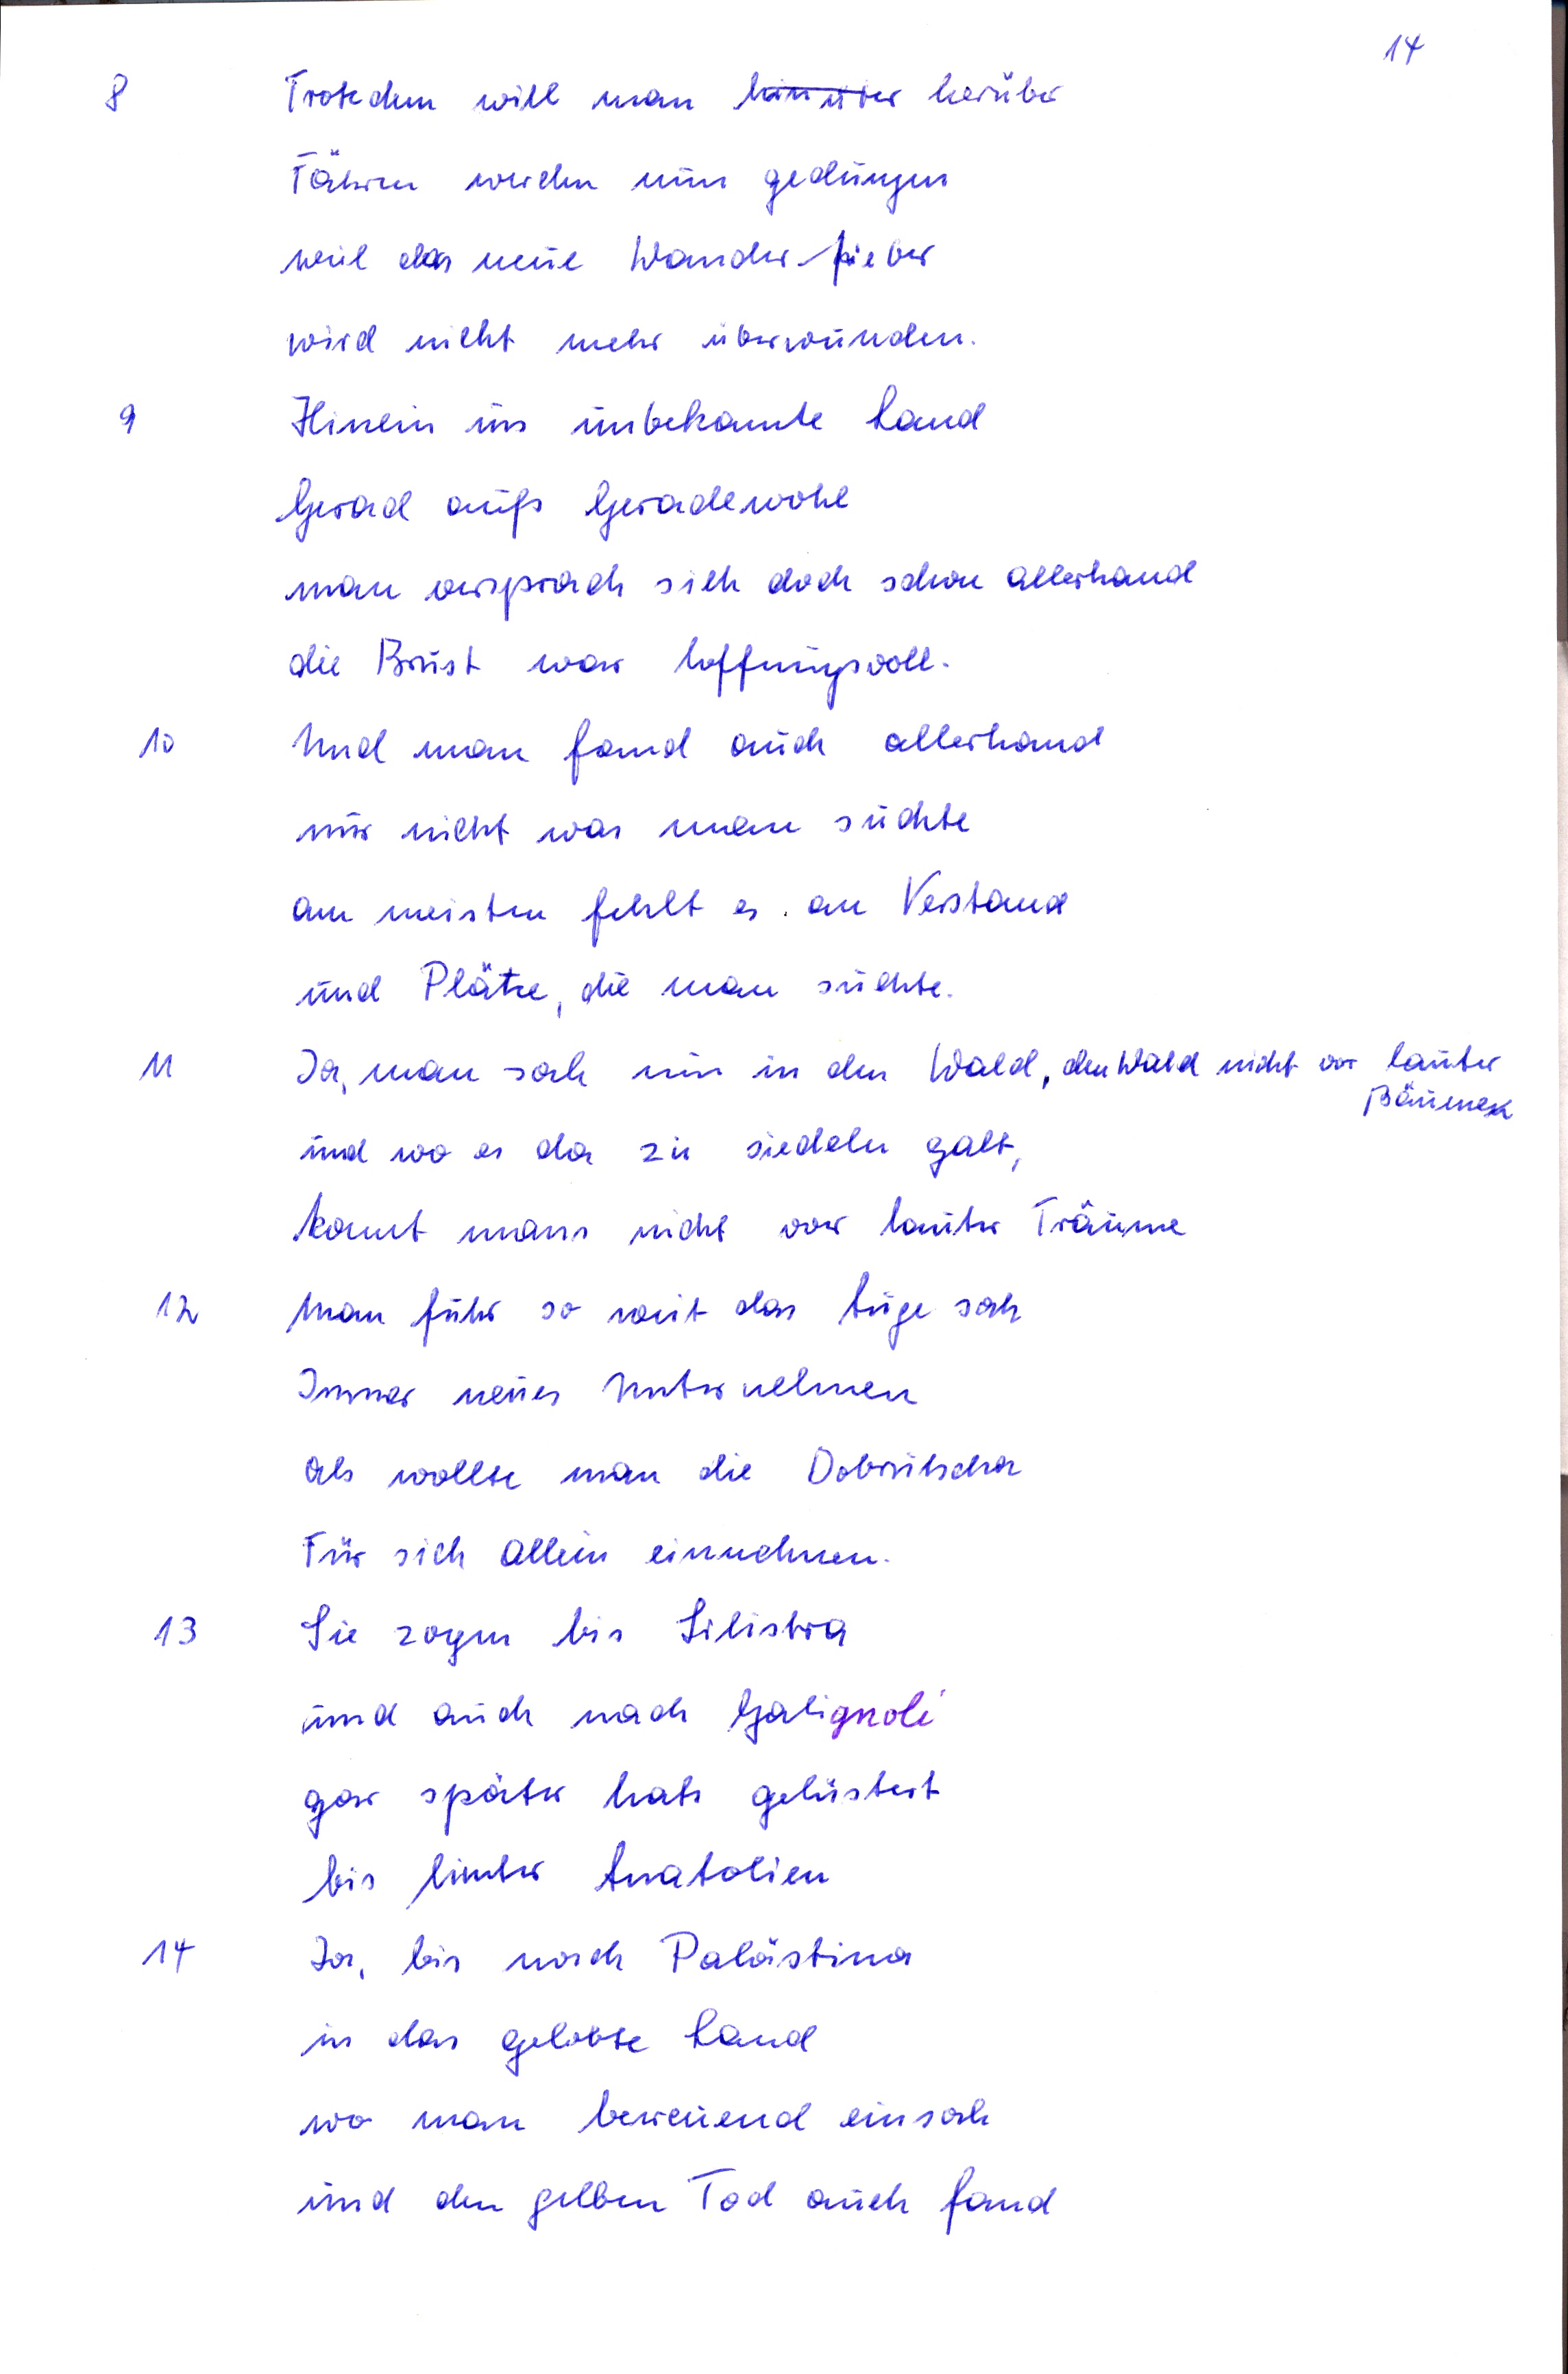
8	Trotzdem will man hinüber herüber
Fähren wurden nun gedungen
weil das neue Wanderfieber
wird nicht mehr überwinden
9	Hinein ins unbekannte Land
Gerad aufs Geradewohl
man versprach sich doch schon allerhand
die Brust war hoffnungsvoll
10	Und man fand auch allerhand
nur nicht was man suchte
am meisten fehlt as an Verstand
und Plätze, die man suchte
11	Ja, man sah nun in den Wald den Wald nicht vor lauter
Bäumen
und wo es da zu siedeln galt
konnt mans nicht vor lauter Träume
12	Man fuhr so weit das Auge sah
Immer neues Unternehmen
als wollte man die Dobrutscha
Für sich allein einnehmen
13	Sie zogen bis Silistra
und auch nach Galignoli
gar später hats gelüstert
bis hinter Anatolien
14	Ja, bis nach Palästina
in das gelobte Land
wo man bereuend einsah
und den gelben Tod auch fand